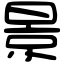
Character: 景